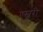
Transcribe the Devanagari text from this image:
एस्बरी